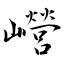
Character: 巆